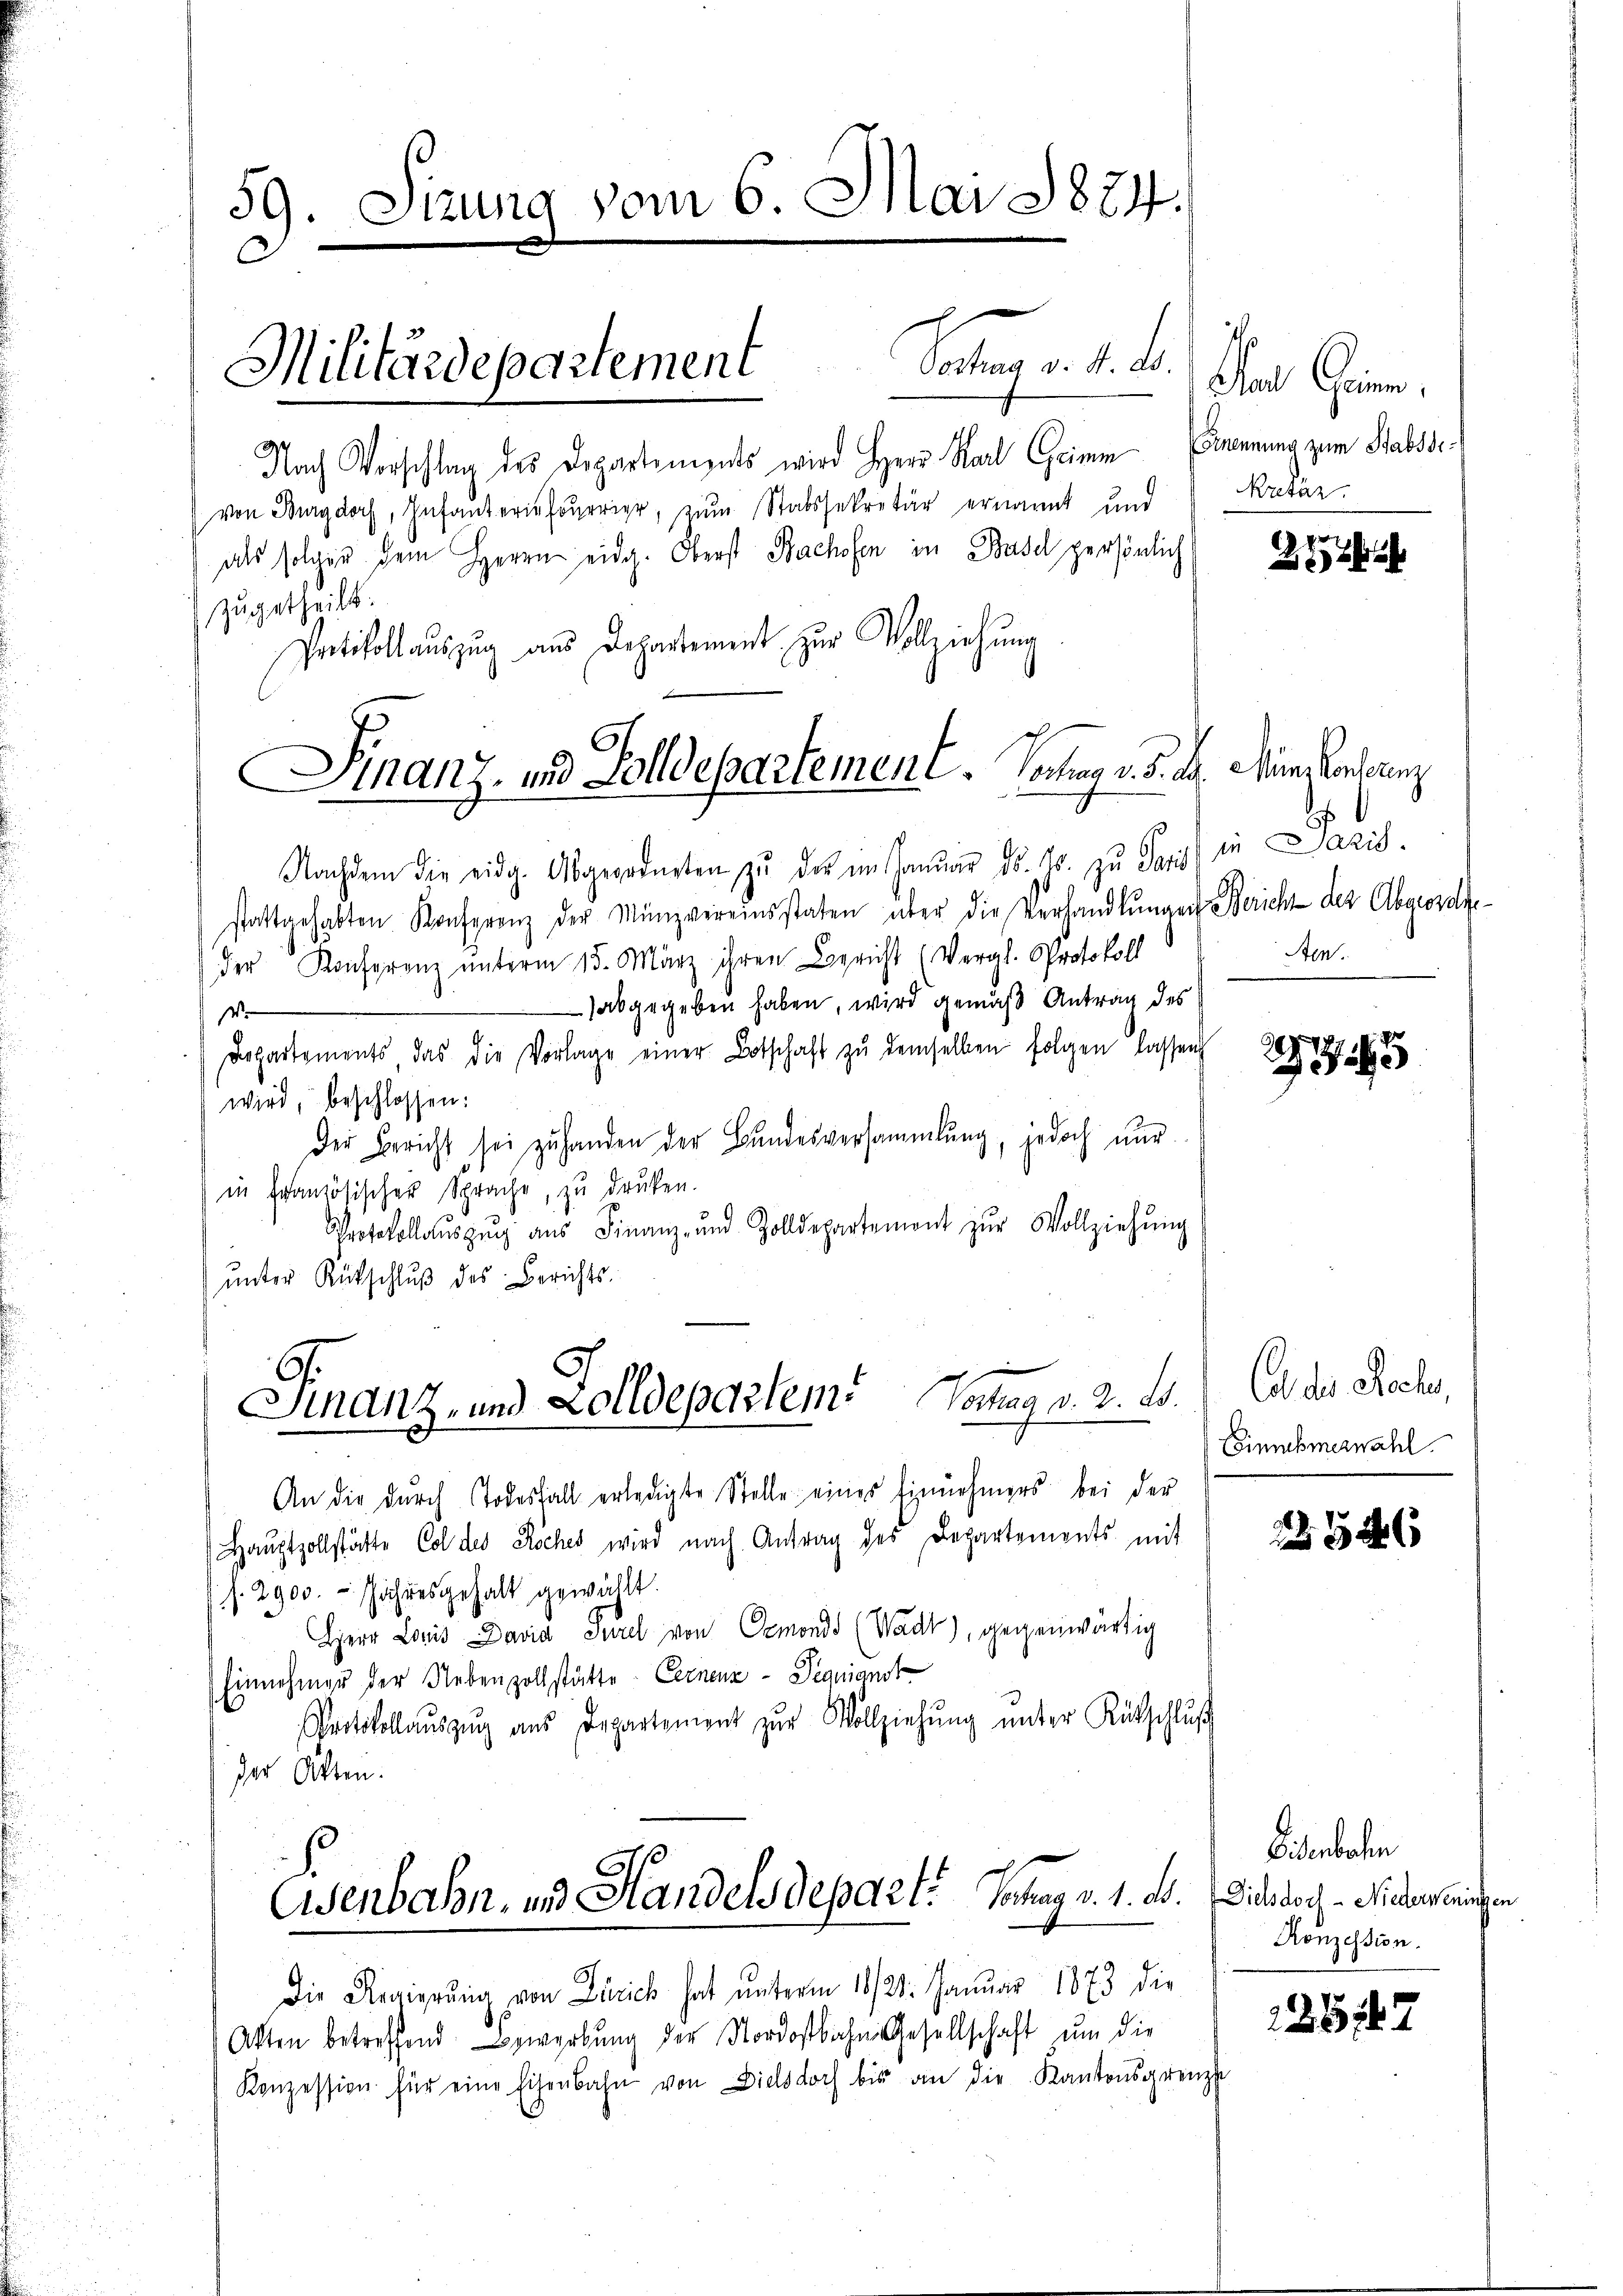
59. Sizung vom 6. Mai 1874.
.

Militärdepartement

Lotmeritie
Nach Vorschlag des Departements wird Herr Karl Grimm Ernennung zum Stabssevon Burgdorf, Infanterieferier, zum Stabssekretär ernannt und
als folgen dem Herrn eidg. Oberst Bachofen in Basel persönlich
zugetheilt.
Protokoll auszug aus Departement zur Vollziehung
Finanz- und Solldepartement. Vortrag v. 5. d.

.

Nachdem die eidg. Abgeordneten zŭ der im Januar d. Js. zu Paris
stattgehabten Konferenz der Münzvereinsstaten über die Verhandlŭngen Bericht der Abgeordne
der Konferenz unterm 15. März ihren Bericht (Vergl. Protokoll
abgegeben haben, wird gemäß Antrag des
Vo
Departements das die Vorlage einer Botschaft zŭ demselben folgen lassen
wird, beschlossen:
Der Bericht sei zuhanden der Bundesversammlung, jedoch nur
in französischen Sprache, zu drucken.
Protokollaŭszŭg aŭs Finanz- und Zolldepartemont zŭr Vollziehŭng
ŭnter Rütschlŭβ des Berichts-

An die dŭrch Todesfall erledigte Stelle eines Einnehmers bei der
Haŭptzollstätte Col des Roches wird nach Antrag des Departements mit
s. 2900. Jahresgehalt gewählt.
Herr Louis David Jurel von Ormonds (Wadt), gegenwärtig
Einnehmer der Nebenzollstätte. Cernenz - Peanianst
Protokolaŭszŭg aŭs Departement zŭr Vollziehŭng ŭnter Rückschlŭβ
der Otten.

Finanz- und Zolldepartem Vortrag v. 2. d.

Eisenbahn, und Handelsdepart. So tag v. 1. d.

Die Regierŭng von Zürich hat ŭnterm 18/21. Januar 1873 die
Akten betreffend werbung der Nordostbahn Gesellschaft um die
Konzession für eine Eisenbahn von Dielsdoch bis an die Kantonsgrenze

a Grim
kretär.

25

Münzkonserenz
in Paris.
Aten.

5

Col des Rechen,
Einnehmernachl

2254 x

Diderboten
Dielsdorf - Niederweningen
Konzession.

125447